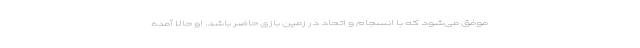
موفق می‌شود که با انسجام و اتحاد در زمین بازی حاضر باشد. او حالا آمده